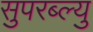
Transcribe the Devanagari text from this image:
सुपरब्ल्यु